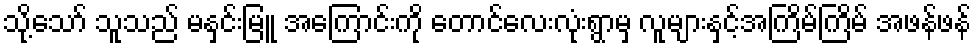
သို့သော် သူသည် မနှင်းမြူ အကြောင်းကို တောင်လေးလုံးရွာမှ လူများနှင့်အကြိမ်ကြိမ် အဖန်ဖန်